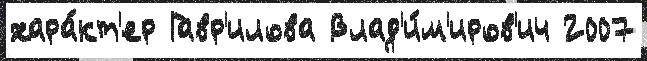
хара́кт'ер Гавр'илова Влад'и́м'иров'ич 2007